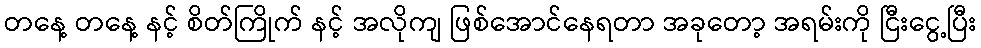
တနေ့ တနေ့ နင့် စိတ်ကြိုက် နင့် အလိုကျ ဖြစ်အောင်နေရတာ အခုတော့ အရမ်းကို ငြီးငွေ့ပြီး